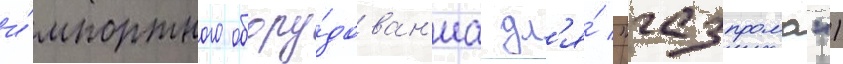
и́мпортного обору́дован'иа дл'я́ "газпрома")